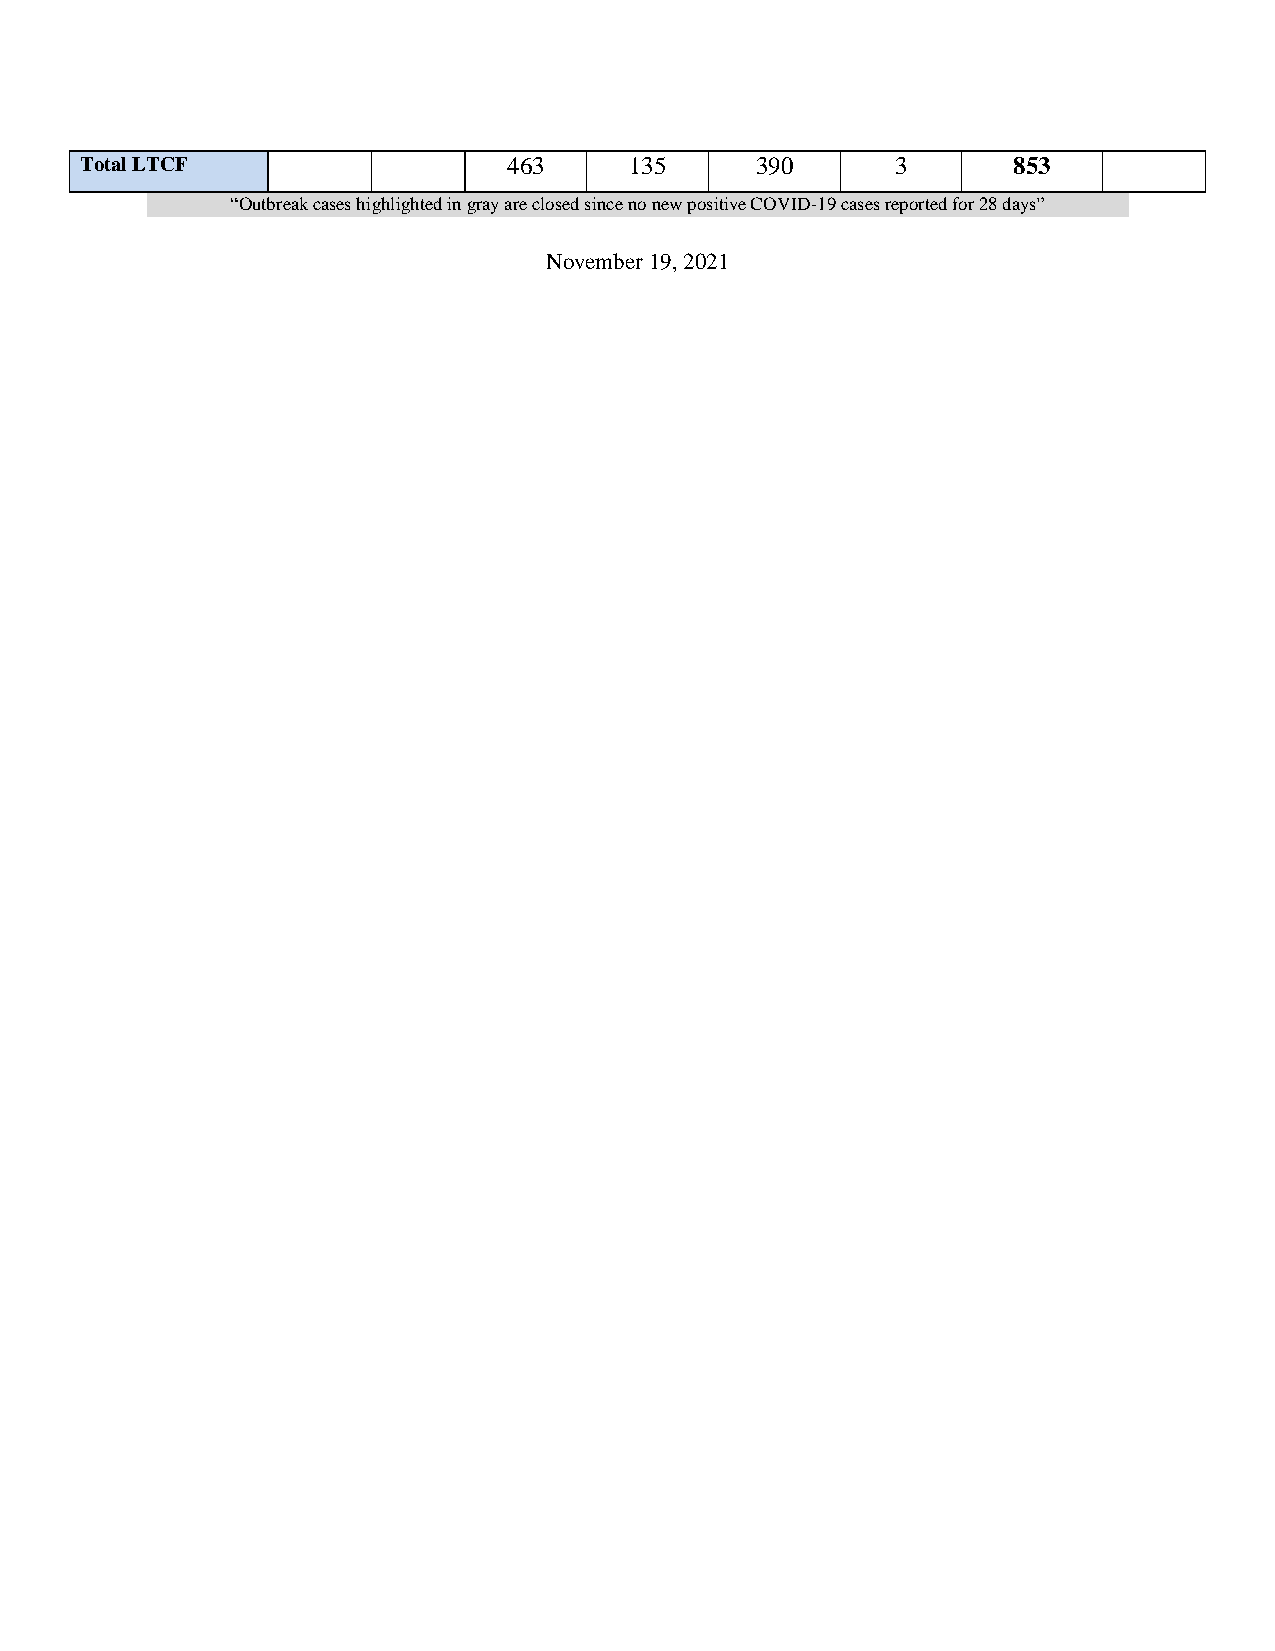
Total LTCF                   463     135     390      3       853
 “Outbreak cases highlighted in gray are closed since no new positive COVID-19 cases reported for 28 days”
 November 19, 2021